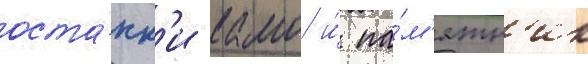
оста́нк'и камо и́ па́м'ятн'ик